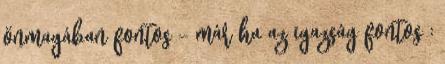
önmagában fontos - már ha az igazság fontos :